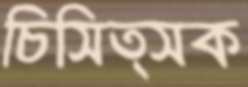
চিসিত্সক